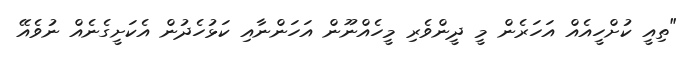
"ތިއީ ކުށްހީއެއް އަހަރެން މީ ދީންވެރި މީހެއްނޫން އަހަންނާއި ކަޅުހެދުން އެކަށީގެނެއް ނުވެއޭ